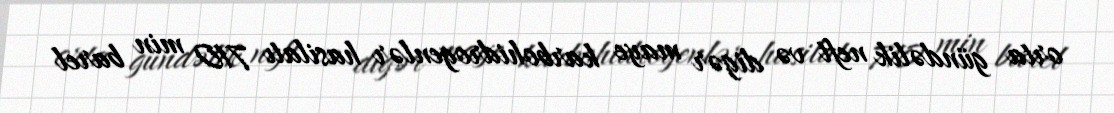
orta gündəlik neft və digər maye karbohidrogenlər hasilatı 710 min barel